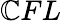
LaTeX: \mathbb{C}FL